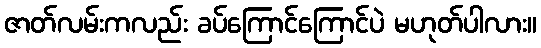
ဇာတ်လမ်းကလည်း ခပ်ကြောင်ကြောင်ပဲ မဟုတ်ပါလား။